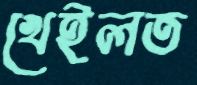
খেইলত